Scottish Leaving Certificate Examination, 1959
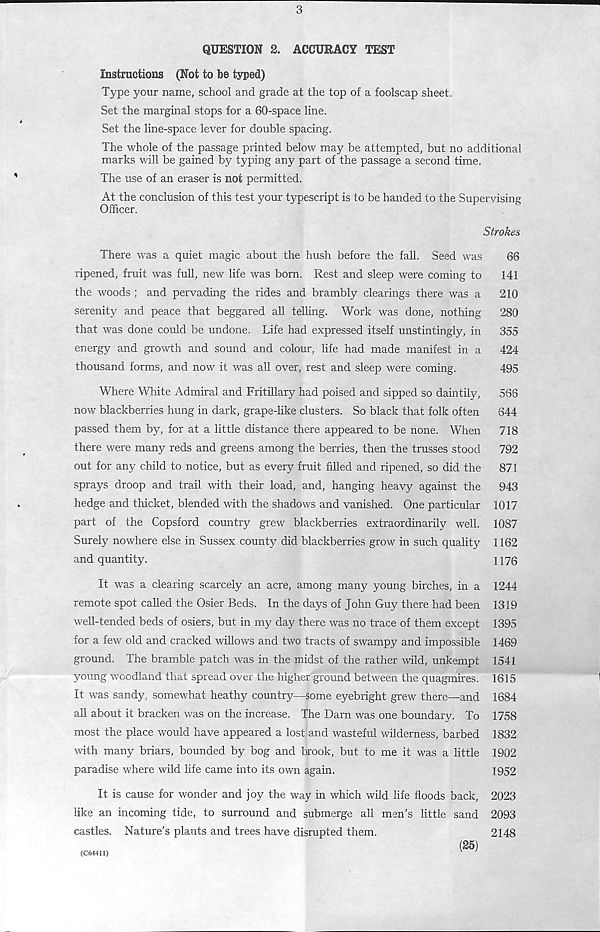
3
QUESTION 2. ACCURACY TEST
Instructions (Not to be typed)
Type your name, school and grade at the top of a foolscap sheet.
Set the marginal stops for a 60-space line.
Set the line-space lever for double spacing.
The whole of the passage printed below may be attempted, but no additional
marks will be gained by typing any part of the passage a second time.
The use of an eraser is not permitted.
At the conclusion of this test your typescript is to be handed to the Supervising
Officer.
Strokes
There was a quiet magic about the hush before the fall. Seed was
68
ripened, fruit was full, new life was born. Rest and sleep were coming to
141
the woods ; and pervading the rides and brambly clearings there was a
210
serenity and peace that beggared all telling. Work was done, nothing
280
that was done could be undone. Life had expressed itself unstintingly, in
355
energy and growth and sound and colour, life had made manifest in a
424
thousand forms, and now it was all over, rest and sleep were coming.
495
Where White Admiral and Fritillary had poised and sipped so daintily,
566
now blackberries hung in dark, grape-like clusters. So black that folk often
644
passed them by, for at a little distance there appeared to be none. When
718
there were many reds and greens among the berries, then the trusses stood
792
out for any child to notice, but as every fruit filled and ripened, so did the
871
sprays droop and trail with their load, and, hanging heavy against the
943
hedge and thicket, blended with the shadows and vanished. One particular 1017
part of the Copsford country grew blackberries extraordinarily well. 1087
Surely nowhere else in Sussex county did blackberries grow in such quality 1162
and quantity.
1176
It was a clearing scarcely an acre, among many young birches, in a 1244
remote spot called the Osier Beds. In the days of John Guy there had been 1319
well-tended beds of osiers, but in my day there was no trace of them except 1395
for a few old and cracked willows and two tracts of swampy and impossible 1469
ground. The bramble patch was in the midst of the rather wild, unkempt 1541
young woodland that spread over the higher ground between the quagmires. 1615
It was sandy, somewhat heathy country—some eyebright grew there—and 1684
all about it bracken was on the increase. The Darn was one boundary. To 1758
most the place would have appeared a lost and wasteful wilderness, barbed 1832
with many briars, bounded by bog and brook, but to me it was a little 1902
paradise where wild life came into its own again.
1952
It is cause for wonder and joy the way in which wild life floods back, 2023
like an incoming tide, to surround and submerge all men’s little sand 2093
castles. Nature’s plants and trees have disrupted them.
2148
(C64411)
(25)